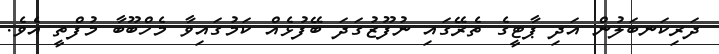
ދަރިކަނބަލުން އަދި ޕާޓީގެ ތެރޭގައި ނުފޫޒުގަދަ ބޭފުޅެއް ކަމުގައިވާ މެހްބޫބާ މުފްތީ އެވެ.